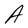
Character: A